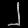
Digit: ၂